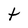
Character: t